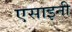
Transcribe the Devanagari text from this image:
एसाइनी